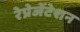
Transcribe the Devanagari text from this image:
रेप्रेजेंटेशन